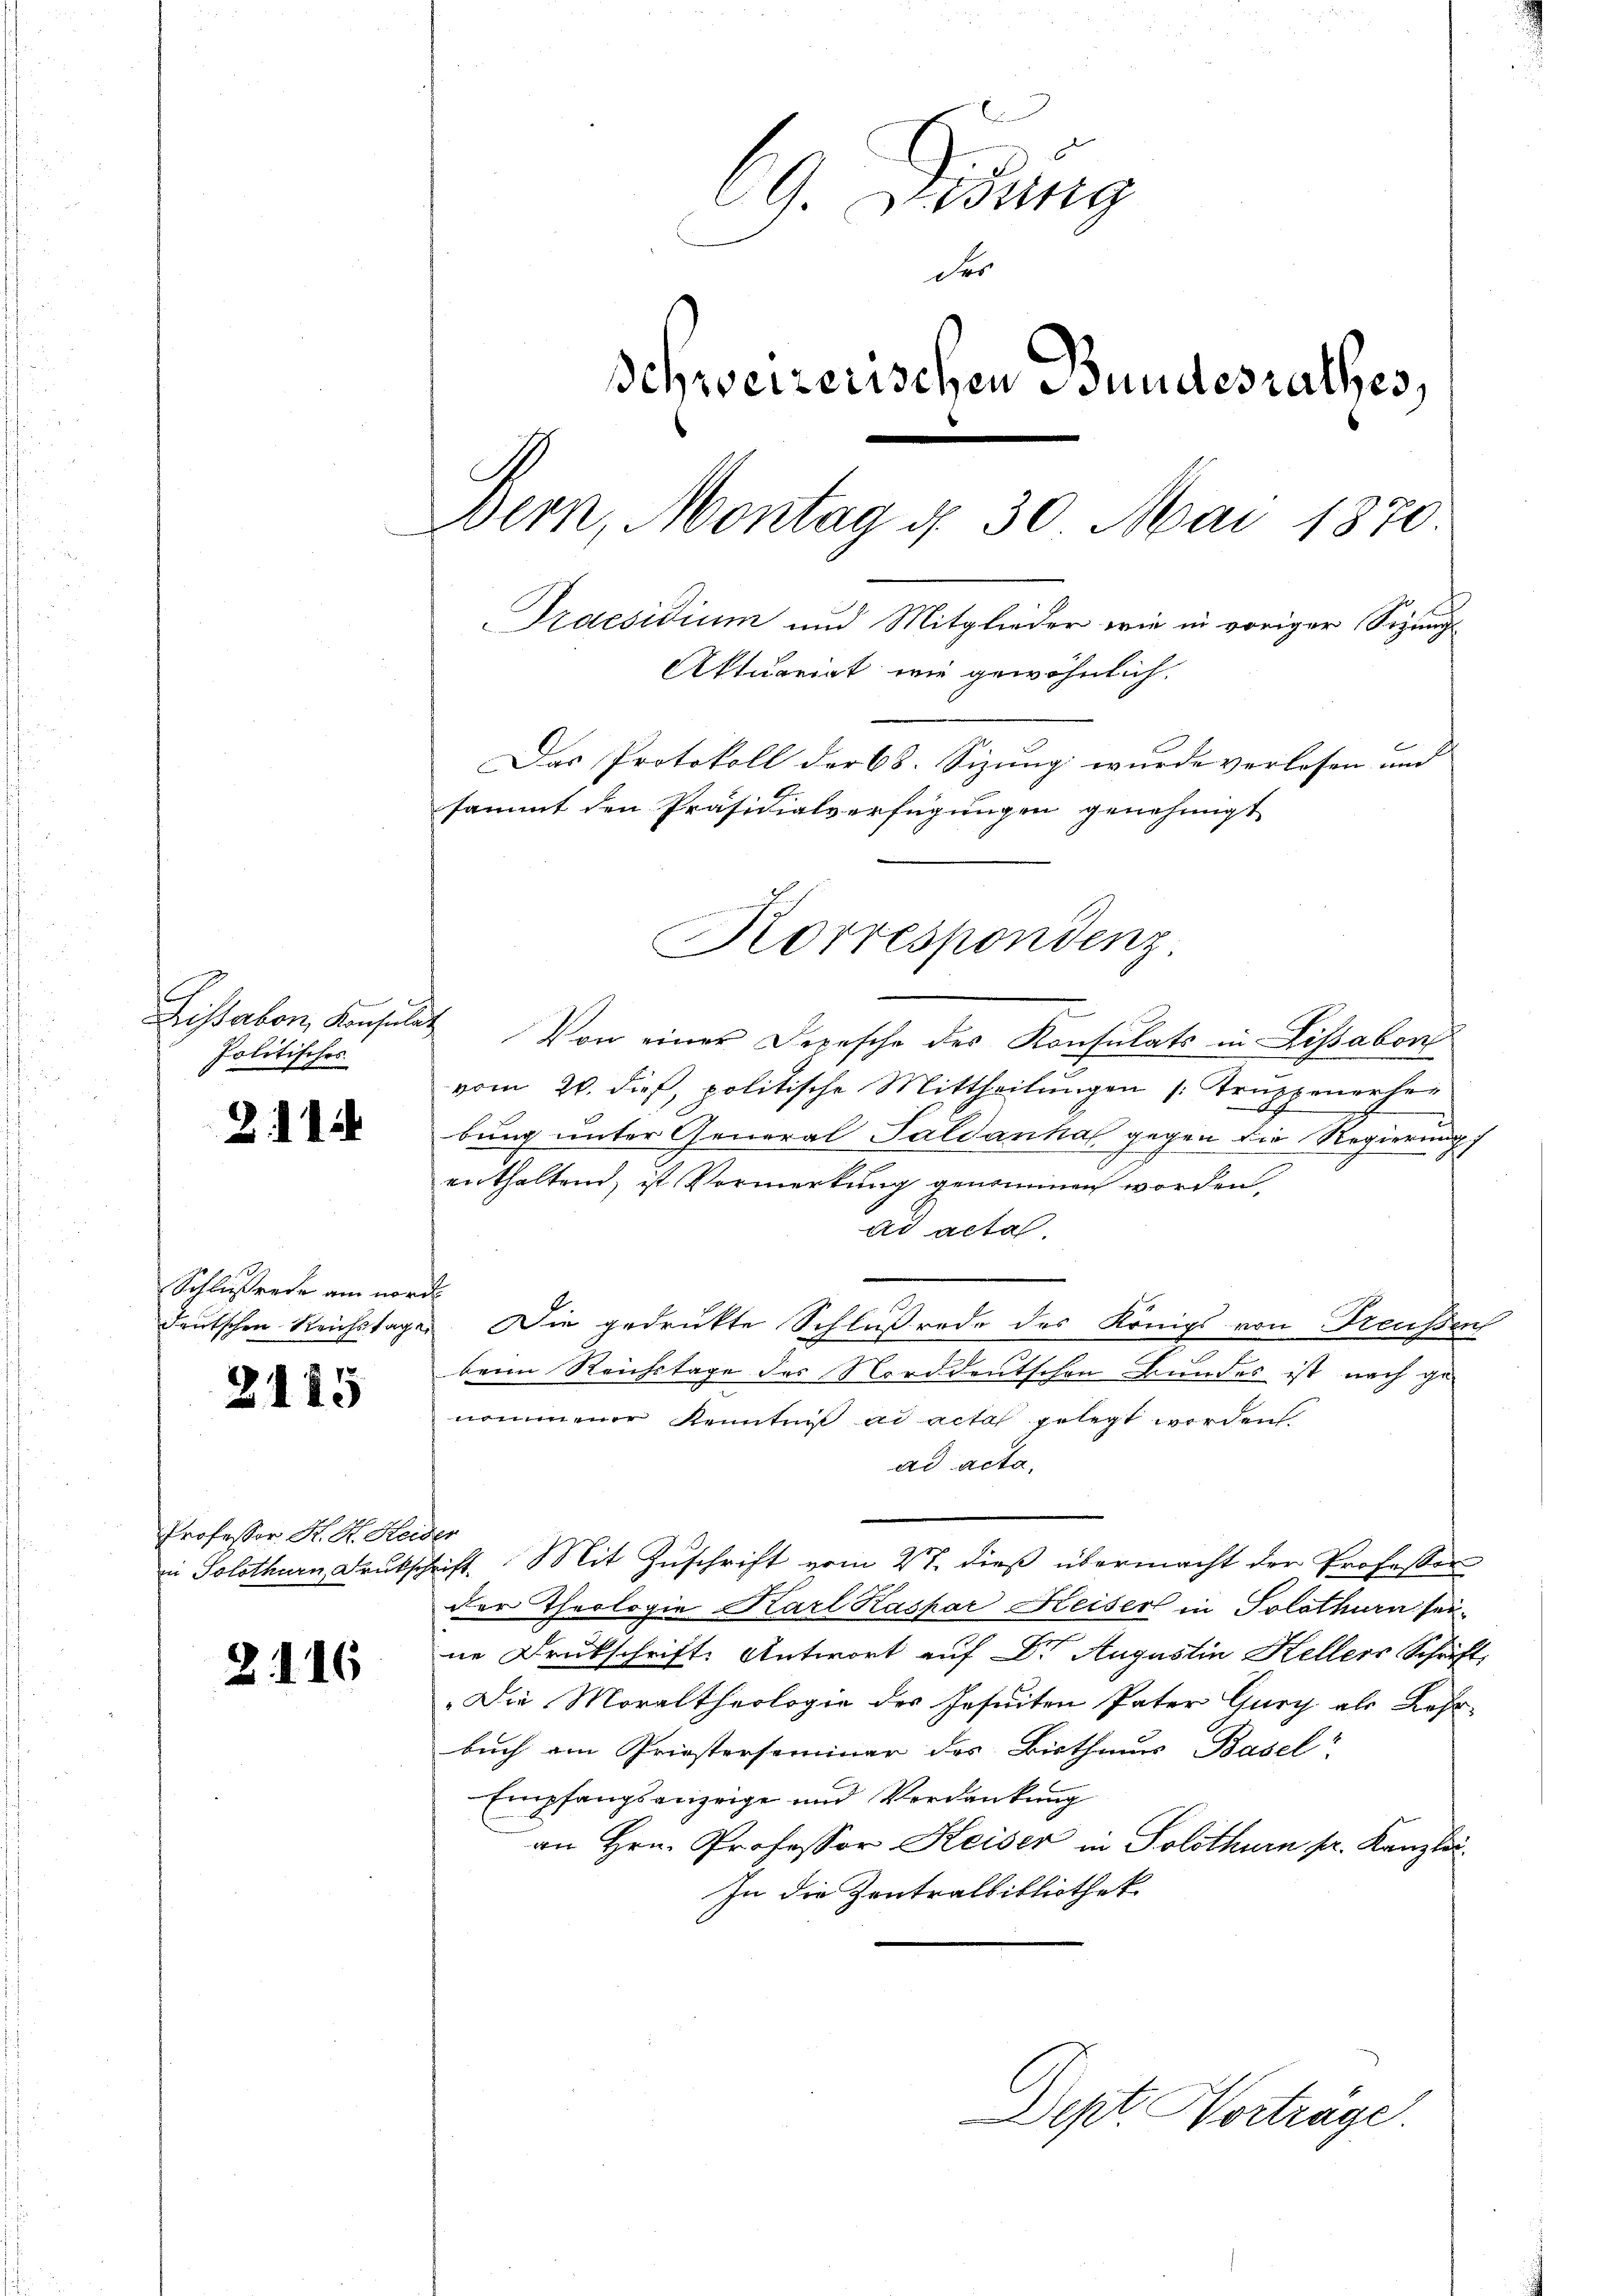
Lissabon, Konsulat
Politisches

2. 11

Schlußrede am nord
deutschen Reichstage

2115

Professor K. R. Heu
in Solothurn, Druks

2. 116

69 Didung
der
Schweizerischen Bundesrathes,
e
Bern, Montag d. 30 Mai 1870
Praesidium und Mitglieder wie in voriger Sizung
Aktuariat wie gewöhnlich
Das Protokoll der 68. Sizung wurde verlosen und
sammt den Präsidialverfügungen genehmigt

Korrespondenz

Von einer Depesche des Konsulats in Lissabon
vom 20. dieß, politische Mittheilungen /: Truppenerher
bung unter General Paldanka gegen die Regierung
enthaltend, ist Vormerkung genommen worden
ad acta
f
 Die gedruckte Schlußrode des Königs von Freußen
beim Reichstage des Norddeutschen Bundes ist nach ge-
nommener Kenntnis ad acta gelegt werden
ad acta,
s
rift. Mit Zuschrift vom 21. dieß übermacht der Professor
der Theologie Karl Kaspar Heiser in Solothurn sei-
ne Druckschrift. Antwort auf Dr. Augustin Kellers Schrift,
Die Moraltheologie des Jesuiten Pater Gury als Lehr-
buch von Griesterseminar des Bisthaus Basel
Empfangsanzeige und Verdankung
an Hrn. Professor Keiser in Solothurn pr. Kanzlei.
In die Zentralbibliothek
Dept Vortrage.